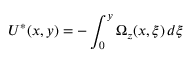
U ^ { * } ( x , y ) = - \int _ { 0 } ^ { y } \Omega _ { z } ( x , \xi ) \, d \xi